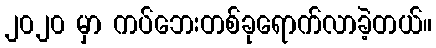
၂၀၂၀ မှာ ကပ်ဘေးတစ်ခုရောက်လာခဲ့တယ်။